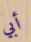
أبي